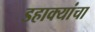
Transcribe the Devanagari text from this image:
डहाक्यांचा